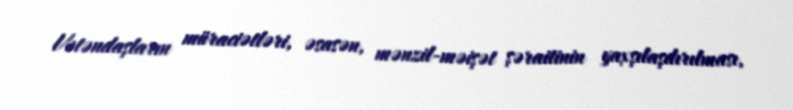
Vətəndaşların müraciətləri, əsasən, mənzil-məişət şəraitinin yaxşılaşdırılması,